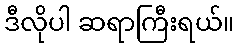
ဒီလိုပါ ဆရာကြီးရယ်။